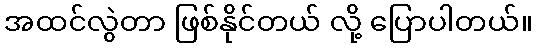
အထင်လွဲတာ ဖြစ်နိုင်တယ် လို့ ပြောပါတယ်။